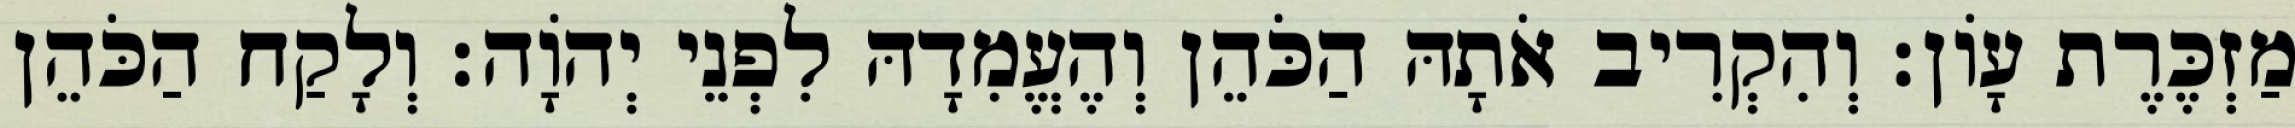
מַזְכֶּרֶת עָוֹן׃ וְהִקְרִיב אֹתָהּ הַכֹּהֵן וְהֶעֱמִדָהּ לִפְנֵי יְהוָֹה׃ וְלָקַח הַכֹּהֵן